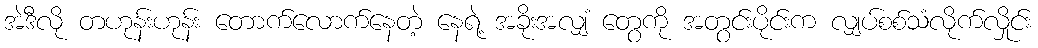
အဲဒီလို တဟုန်းဟုန်း တောက်လောက်နေတဲ့ နေရဲ့ အခိုးအလျှံ တွေကို အတွင်းပိုင်းက လျှပ်စစ်သံလိုက်လှိုင်း